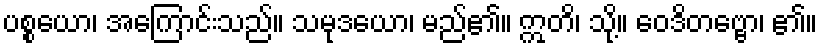
ပစ္စယော၊ အကြောင်းသည်။ သမုဒယော၊ မည်၏။ ဣတိ၊ သို့။ ဝေဒိတဗ္ဗော၊ ၏။